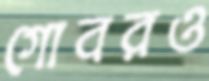
গোবরও